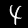
Label: 4